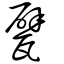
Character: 甓